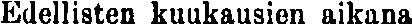
Edellisten kuukausien aikana